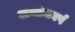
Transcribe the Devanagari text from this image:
अमोधवर्ष